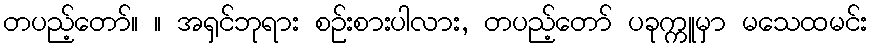
တပည့်တော်။ ။ အရှင်ဘုရား စဉ်းစားပါလား, တပည့်တော် ပခုက္ကူမှာ မသေထမင်း